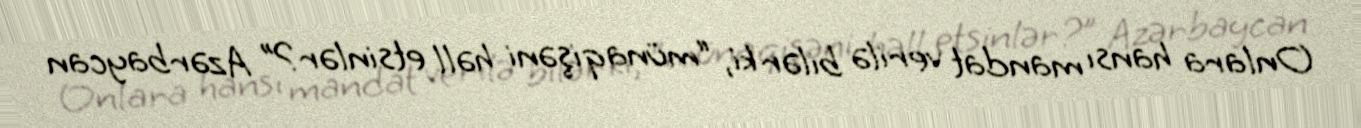
Onlara hansı mandat verilə bilər ki, “münaqişəni həll etsinlər?” Azərbaycan